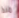
منذ